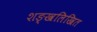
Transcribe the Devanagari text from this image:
शङ्खलिखित